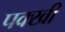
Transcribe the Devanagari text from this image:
पक्खी